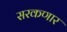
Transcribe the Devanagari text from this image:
सरकणार